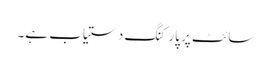
سائٹ پر پارکنگ دستیاب ہے۔